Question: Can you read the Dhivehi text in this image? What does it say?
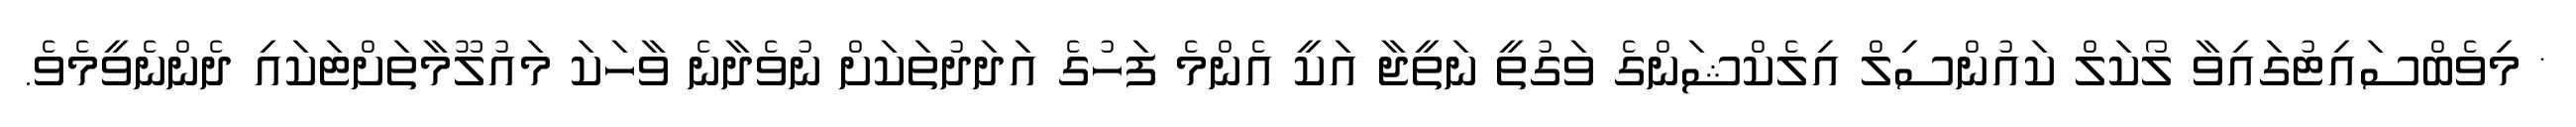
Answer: * މިވެބްސައިޓުގައިވާ ލޯކަލް ކައުންސިލް އިލެކްޝަންގެ ވަގުތީ ނަތީޖާ އަކީ އެންމެ ފަހުގެ އަދަދުތަކަށް ނުވެދާނެ ވާހަކަ މައުލޫމާތަށްޓަކައި ދެންނެވީމެވެ.